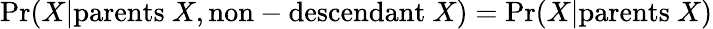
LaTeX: \mathrm{Pr}(X|\mathrm{parents~}X,\mathrm{non}-\mathrm{descendant~}X)=\mathrm{Pr}(X|\mathrm{parents~}X)